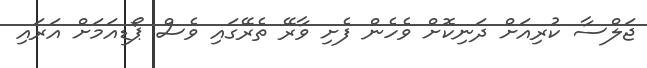
ޖަލްސާ ކުރިއަށް ދަނިކޮށް ވެހެން ފެށި ވާރޭ ތެރޭގައި ވެސް ޕޯޑިއަމަށް އަރައި